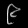
Digit: ၉